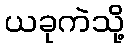
ယခုကဲသို့